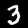
Label: 3